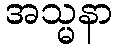
အသ္မနာ